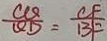
\frac { C Q } { Q D } = \frac { C F } { B F }